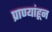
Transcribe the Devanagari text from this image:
प्राण्यांहून